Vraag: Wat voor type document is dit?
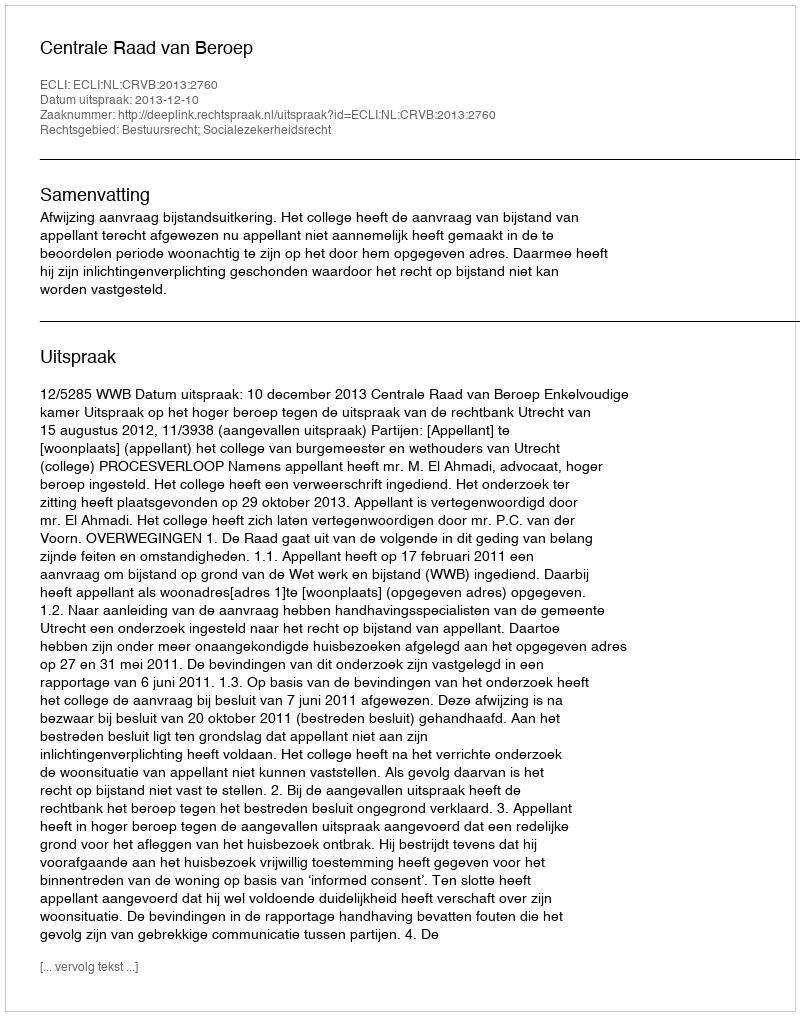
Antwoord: Uitspraak